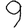
Digit: 9